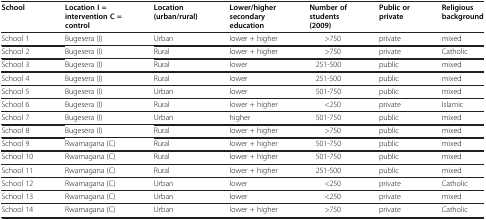
<table><thead><tr><td><b>School</b></td><td><b>Location I = intervention C = control</b></td><td><b>Location (urban/rural)</b></td><td><b>Lower/higher secondary education</b></td><td><b>Number of students (2009)</b></td><td><b>Public or private</b></td><td><b>Religious background</b></td></tr></thead><tbody><tr><td>School 1</td><td>Bugesera (I)</td><td>Urban</td><td>lower + higher</td><td>&gt;750</td><td>private</td><td>mixed</td></tr><tr><td>School 2</td><td>Bugesera (I)</td><td>Rural</td><td>lower + higher</td><td>&gt;750</td><td>private</td><td>Catholic</td></tr><tr><td>School 3</td><td>Bugesera (I)</td><td>Rural</td><td>lower</td><td>251-500</td><td>public</td><td>mixed</td></tr><tr><td>School 4</td><td>Bugesera (I)</td><td>Rural</td><td>lower</td><td>251-500</td><td>public</td><td>mixed</td></tr><tr><td>School 5</td><td>Bugesera (I)</td><td>Urban</td><td>lower</td><td>501-750</td><td>public</td><td>mixed</td></tr><tr><td>School 6</td><td>Bugesera (I)</td><td>Rural</td><td>lower + higher</td><td>&lt;250</td><td>private</td><td>Islamic</td></tr><tr><td>School 7</td><td>Bugesera (I)</td><td>Urban</td><td>higher</td><td>501-750</td><td>public</td><td>mixed</td></tr><tr><td>School 8</td><td>Bugesera (I)</td><td>Rural</td><td>lower + higher</td><td>&gt;750</td><td>public</td><td>mixed</td></tr><tr><td>School 9</td><td>Rwamagana (C)</td><td>Rural</td><td>lower + higher</td><td>501-750</td><td>public</td><td>mixed</td></tr><tr><td>School 10</td><td>Rwamagana (C)</td><td>Rural</td><td>lower + higher</td><td>501-750</td><td>public</td><td>mixed</td></tr><tr><td>School 11</td><td>Rwamagana (C)</td><td>Rural</td><td>lower + higher</td><td>251-500</td><td>public</td><td>mixed</td></tr><tr><td>School 12</td><td>Rwamagana (C)</td><td>Urban</td><td>lower</td><td>&lt;250</td><td>private</td><td>Catholic</td></tr><tr><td>School 13</td><td>Rwamagana (C)</td><td>Urban</td><td>lower</td><td>&lt;250</td><td>private</td><td>mixed</td></tr><tr><td>School 14</td><td>Rwamagana (C)</td><td>Urban</td><td>lower + higher</td><td>&gt;750</td><td>private</td><td>Catholic</td></tr></tbody></table>